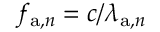
f _ { \mathrm { a } , n } = c / \lambda _ { \mathrm { a } , n }